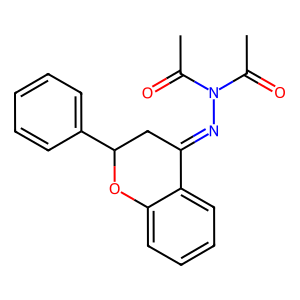
SMILES: CC(=O)N(N=C1CC(c2ccccc2)Oc2ccccc21)C(C)=O
Inhibits HIV replication: No